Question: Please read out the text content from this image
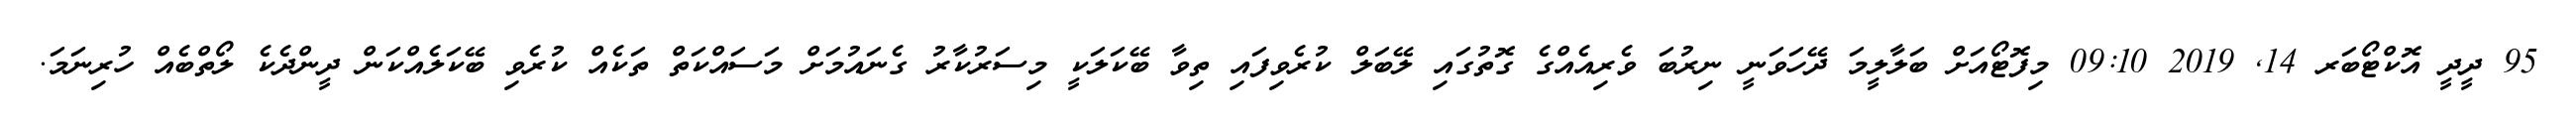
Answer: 95 ދީދީ އޮކްޓޯބަރ 14, 2019 09:10 މިފޮޓޯއަށް ބަލާލީމަ ދޭހަވަނީ ނިރުބަ ވެރިއެއްގެ ގޮތުގައި ލޭބަލް ކުރެވިފައި ތިވާ ބޭކަލަކީ މިސަރުކާރު ގެނައުމަށް މަސައްކަތް ތަކެއް ކުރެވި ބޭކަލެއްކަން ދީންދެކެ ލޯތްބެއް ހުރިނަމަ.